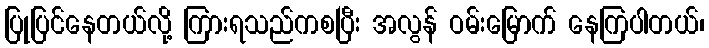
ပြုပြင်နေတယ်လို့ ကြားရသည်ကစပြီး အလွန် ဝမ်းမြောက် နေကြပါတယ်၊